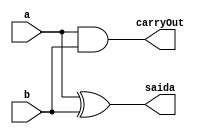
// PUC Minas - Ciencia da Computacao - Arquitetura de Computadores I
// Exemplo0025 - Complemento de 2
// Nome: Ana Cristina Pereira Teixeira

// -------------------------
// --- HalfAdder
// -------------------------
module halfAdder (output saida, output carryOut, input a, input b);
	
	xor XOR1 (saida, a, b);
	and AND1 (carryOut, a, b);

endmodule // halfAdder

// -------------------------
// --- Complemento de 2
// -------------------------
module C2 (output [2:0]saida, output carryOut, input [2:0]a, input carryIn);

	wire [2:0]saida_not;
	wire [2:0]s;
	
	not NOT1 (saida_not[0], a[0]);
	not NOT2 (saida_not[1], a[1]);
	not NOT3 (saida_not[2], a[2]);

	halfAdder HA1 (saida[0], s[0], saida_not[0], carryIn);
	halfAdder HA2 (saida[1], s[1], saida_not[1], s[0]);
	halfAdder HA4 (saida[2], carryOut, saida_not[2], s[1]);
	
endmodule // -- C2

// ------------------------- 
// --- modulo de teste
// ------------------------- 
module test_C2;
	
	reg  [2:0]x;
	reg cIn;
	
	wire [2:0]z;
	wire cOut;
	
	C2 modulo (z, cOut, x, cIn);
	
	// --- parte principal
	initial begin
		$display("Exemplo0025 - Guia04 - Ana Cristina - 427385");
		$display("Test ALU's complemento de 2 \n");
		
		$display("x  -->  saida \n");
		#1 x = 3'b001; cIn = 1;
		$monitor("%3b  --> %b %3b", x, cOut, z);
		
		#1 x = 3'b101;
		#1 x = 3'b111;
		#1 x = 3'b010;
		#1 x = 3'b011;
		#1 x = 3'b000;
		#1 x = 3'b100;
	
	end
	
endmodule // -- C2
// --- previsao de testes
// -- x  -->  saida
// -- 
// -- 001  --> 0 111
// -- 101  --> 0 011
// -- 111  --> 0 001
// -- 010  --> 0 110
// -- 011  --> 0 101
// -- 000  --> 1 000
// -- 100  --> 0 100